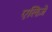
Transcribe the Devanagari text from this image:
एलिज़े